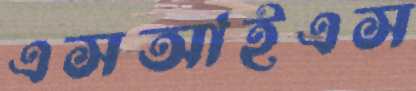
এসআইএস